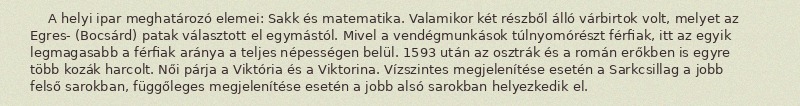
A helyi ipar meghatározó elemei: Sakk és matematika. Valamikor két részből álló várbirtok volt, melyet az Egres- (Bocsárd) patak választott el egymástól. Mivel a vendégmunkások túlnyomórészt férfiak, itt az egyik legmagasabb a férfiak aránya a teljes népességen belül. 1593 után az osztrák és a román erőkben is egyre több kozák harcolt. Női párja a Viktória és a Viktorina. Vízszintes megjelenítése esetén a Sarkcsillag a jobb felső sarokban, függőleges megjelenítése esetén a jobb alsó sarokban helyezkedik el.